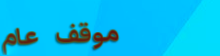
موقف عام